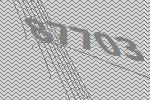
87703